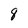
Character: 8